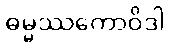
ဓမ္မဿကောဝိဒါ